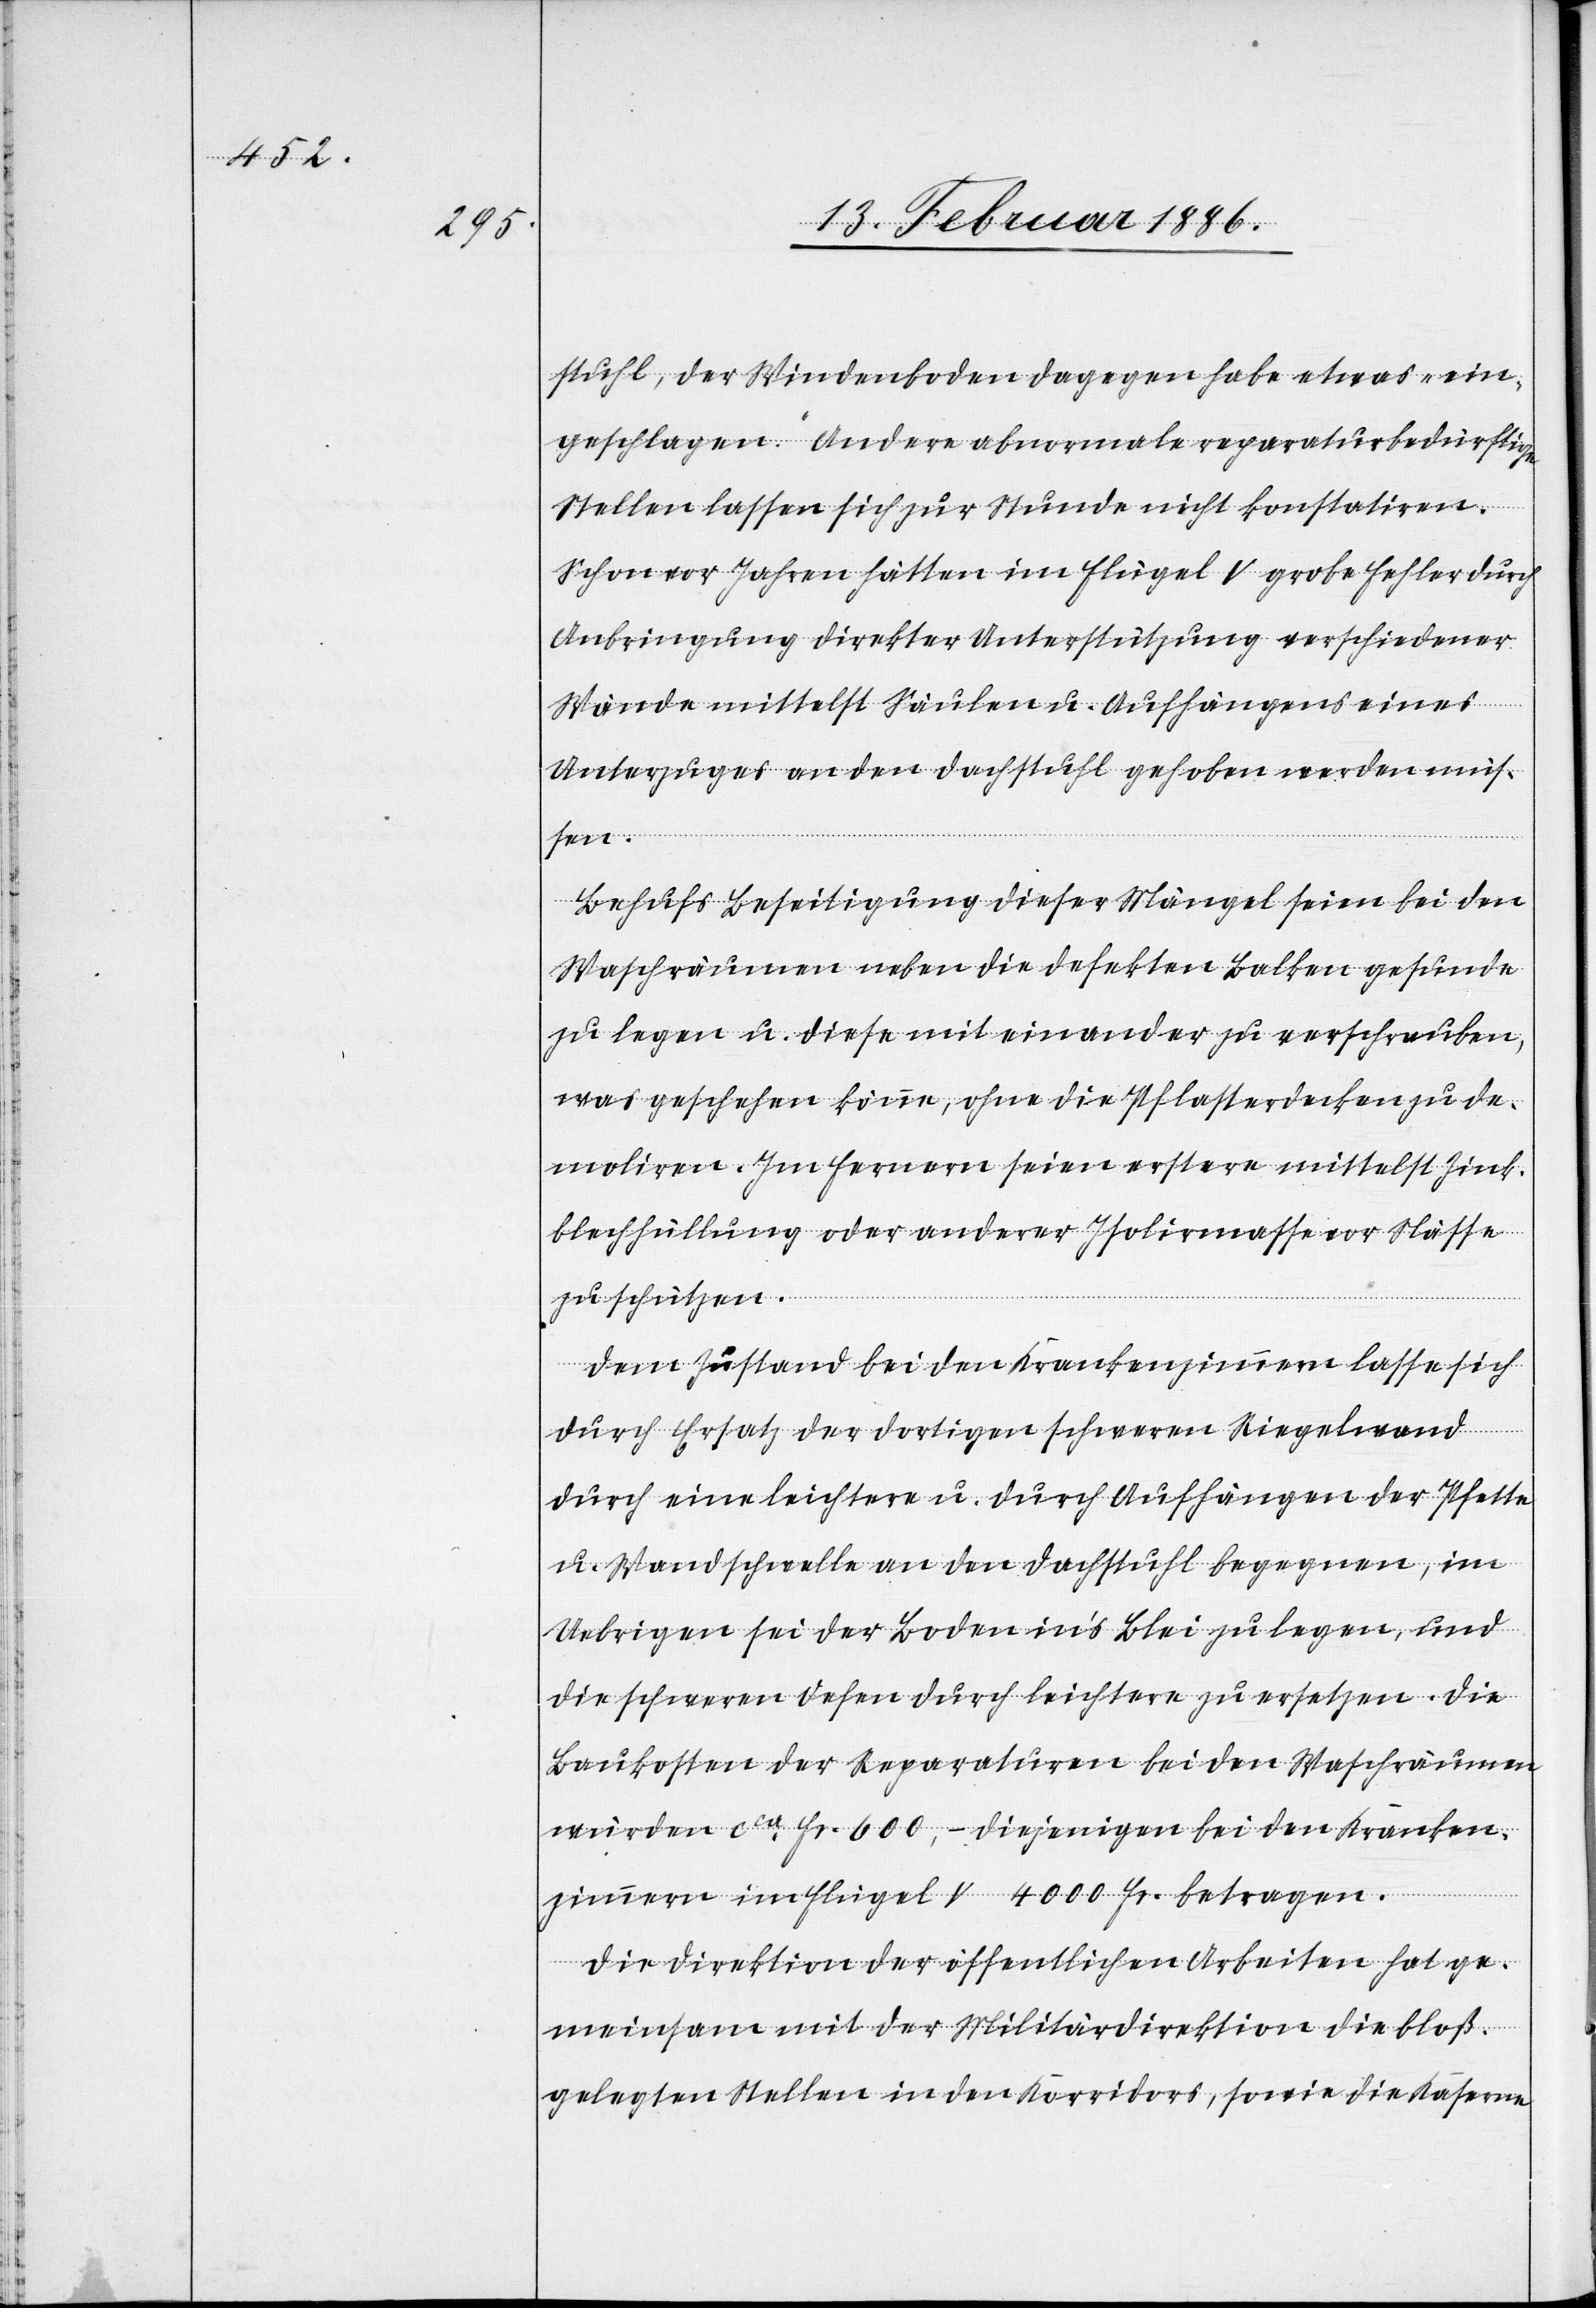
stuhl, der Windenboden dagegen habe etwas „ein¬
geschlagen“. Andere abnormale reparaturbedürftige
Stellen lassen sich zur Stunde nicht konstatiren.
Schon vor Jahren hätten im Flügel V grobe Fehler durch
Anbringung direkter Unterstützung verschiedener
Wände mittelst Säulen u. Aufhängens eines
Unterzuges an den Dachstuhl gehoben werden müs¬
sen.
Behufs Beseitigung dieser Mängel seien bei den
Waschräumen neben die defekten Balken gesunde
zu legen u. diese mit einander zu verschrauben,
was geschehen könne, ohne die Pflasterdecken zu de¬
moliren. Im fernern seien erstere mittelst Zink¬
blechhüllung oder anderer Isolirmasse vor Nässe
zu schützen.
Dem Zustand bei den Krankenzimmern lasse sich
durch Ersatz der dortigen schweren Riegelwand
durch eine leichtere u. durch Aufhängen der Pfette
u. Wandschwelle an den Dachstuhl begegnen, im
Uebrigen sei der Boden in’s Blei zu legen, und
die schweren Oefen durch leichtere zu ersetzen. Die
Baukosten der Reparaturen bei den Waschräumen
würden cca Fr. 600.–, diejenigen bei den Kranken¬
zimmern im Flügel V 4000 Fr. betragen.
Die Direktion der öffentlichen Arbeiten hat ge¬
meinsam mit der Militärdirektion die bloß¬
gelegten Stellen in den Korridors, sowie die Kaserne